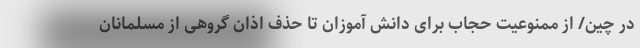
در چین/ از ممنوعیت حجاب برای دانش آموزان تا حذف اذان گروهی از مسلمانان